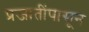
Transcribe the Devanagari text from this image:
प्रजातींपासून